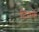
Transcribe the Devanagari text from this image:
दिनके